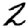
Digit: 2